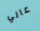
عالي